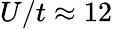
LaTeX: U/t\approx 12